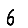
Digit: 6